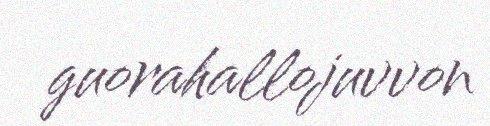
guorahallojuvvon